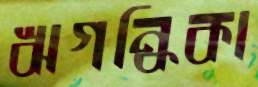
ঋগন্ধিকা